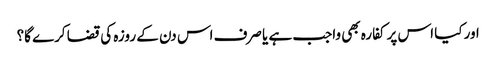
اور کیا اس پر کفارہ بھی واجب ہے یا صرف اس دن کے روزہ کی قضا کرے گا؟